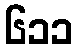
၆၁၁